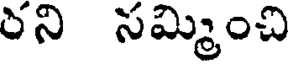
రని సమ్మించి